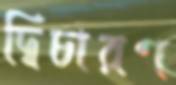
দ্বিচারণ